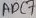
Text: ADC7